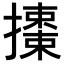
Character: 𢷜